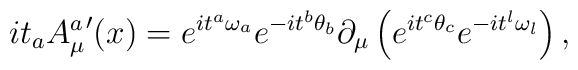
i{t}_{a}{A_{\mu}^{a}}'(x)=e^{i{t}^{a}{\omega}_{a}}e^{-i{t}^{b}{\theta}_{b}}\partial_{\mu}\left (e^{i{t}^{c}{\theta}_{c}}e^{-i{t}^{l}{\omega}_{l}}\right ),